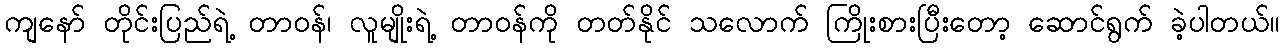
ကျနော် တိုင်းပြည်ရဲ့ တာဝန်၊ လူမျိုးရဲ့ တာဝန်ကို တတ်နိုင် သလောက် ကြိုးစားပြီးတော့ ဆောင်ရွက် ခဲ့ပါတယ်။